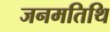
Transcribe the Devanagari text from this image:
जनमतिथि